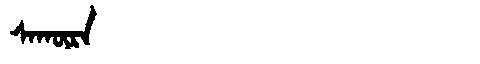
Manchu: ᠰᠠᡴᡡᡵᠠ
Romanization: SAKŪRA